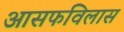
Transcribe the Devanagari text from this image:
आसफविलास